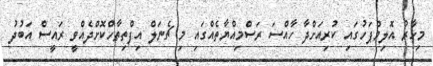
މިހާރު އޮލިމްޕަހުގައި ކުރިއަށްދާ ހާއްސަ ރަސްމިއްޔާތެއްގައި މި ޗެނަލް އިފްތިތާހްކޮށްދެއްވީ ރައީސް އަބުދު